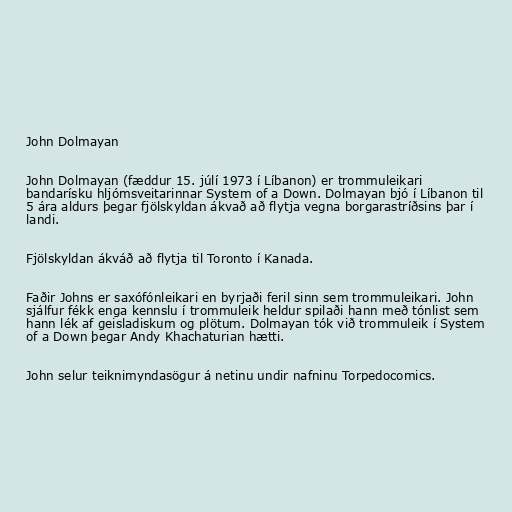
John Dolmayan

John Dolmayan (fæddur 15. júlí 1973 í Líbanon) er trommuleikari
bandarísku hljómsveitarinnar System of a Down. Dolmayan bjó í Líbanon til
5 ára aldurs þegar fjölskyldan ákvað að flytja vegna borgarastríðsins þar í
landi.

Fjölskyldan ákváð að flytja til Toronto í Kanada.

Faðir Johns er saxófónleikari en byrjaði feril sinn sem trommuleikari. John
sjálfur fékk enga kennslu í trommuleik heldur spilaði hann með tónlist sem
hann lék af geisladiskum og plötum. Dolmayan tók við trommuleik í System
of a Down þegar Andy Khachaturian hætti.

John selur teiknimyndasögur á netinu undir nafninu Torpedocomics.